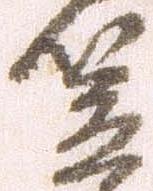
笠